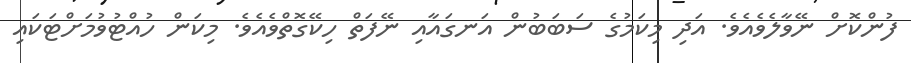
ފުންކޮށް ނޭވާލެވެއެވެ. އަދި މިކަމުގެ ސަބަބުން އަނގައާއި ނޭފަތް ހިކޭގޮތްވެއެވެ. މިކަން ހުއްޓުވުމަށްޓަކައި